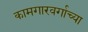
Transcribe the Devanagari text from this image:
कामगारवर्गाच्या